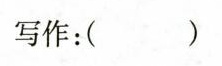
写作:( )